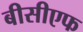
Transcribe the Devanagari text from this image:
बीसीएफ